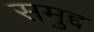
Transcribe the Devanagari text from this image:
समुद्द